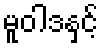
မူဝါဒနှင့်